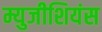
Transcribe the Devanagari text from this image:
म्युजीशियंस